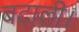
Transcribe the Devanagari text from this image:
बटाली।